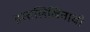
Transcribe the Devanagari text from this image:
हस्तलिखिताची